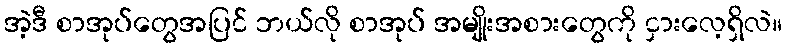
အဲ့ဒီ စာအုပ်တွေအပြင် ဘယ်လို စာအုပ် အမျိုးအစားတွေကို ငှားလေ့ရှိလဲ။